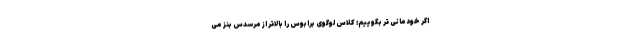
اگر خودمانی تر بگوییم: کلاس لوگوی برابوس را بالاتر از مرسدس بنز می